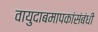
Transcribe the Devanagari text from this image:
वायुदाबमापकांसंबंधी